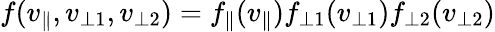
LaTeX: f(v_{\parallel},v_{\perp 1},v_{\perp 2})=f_{\parallel}(v_{\parallel})f_{\perp 1}(v_{\perp 1})f_{\perp 2}(v_{\perp 2})